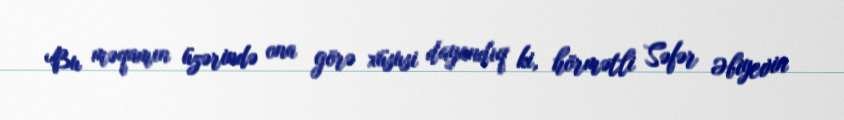
Bu məqamın üzərində ona görə xüsusi dayandıq ki, hörmətli Səfər Əbiyevin